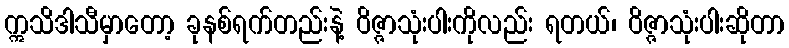
ဣသိဒါသီမှာတော့ ခုနစ်ရက်တည်းနဲ့ ဝိဇ္ဇာသုံးပါးကိုလည်း ရတယ်၊ ဝိဇ္ဇာသုံးပါးဆိုတာ